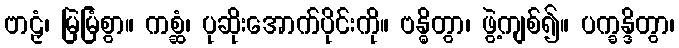
ဗာဠှံ၊ မြဲမြံစွာ။ ကစ္ဆံ၊ ပုဆိုးအောက်ပိုင်းကို။ ဗန္ဓိတွာ၊ ဖွဲ့ကျစ်၍။ ပက္ခန္ဒိတွာ၊